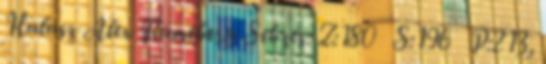
Halasz Alex Flameberg Sebzés: Z:180 S:196 P:213,